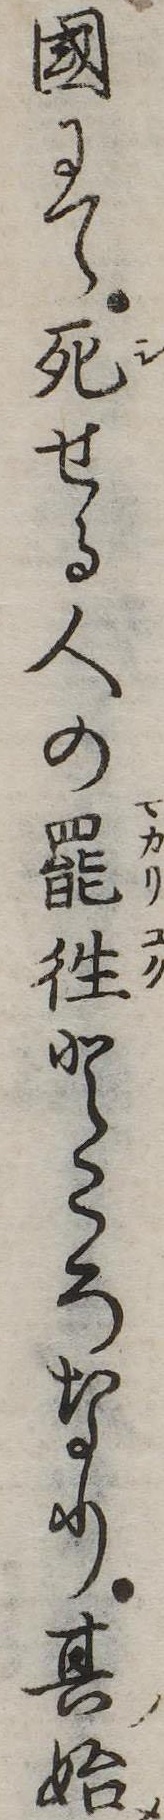
国にて死せる人の罷往ところなり其始